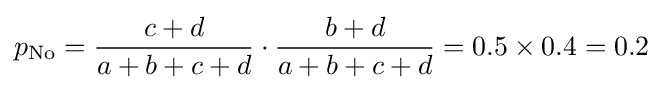
p_{\text{No}}={\frac {c+d}{a+b+c+d}}\cdot {\frac {b+d}{a+b+c+d}}=0.5\times 0.4=0.2